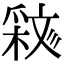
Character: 𣁝